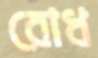
রোধ